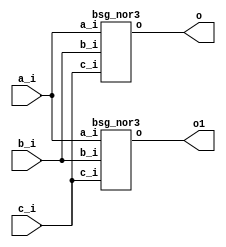


module top
(
  a_i,
  b_i,
  c_i,
  o,
  o1 // added for decompiling
);

  input [15:0] a_i;
  input [15:0] b_i;
  input [15:0] c_i;
  output [15:0] o;
  output [15:0] o1; // added for decompiling

  bsg_nor3
  wrapper
  (
    .a_i(a_i),
    .b_i(b_i),
    .c_i(c_i),
    .o(o)
  );

  bsg_nor3
  wrapper1
  (
    .a_i(a_i), 
    .b_i(b_i), 
    .c_i(c_i), 
    .o(o1) // added for decompiling
  );


endmodule



module bsg_nor3
(
  a_i,
  b_i,
  c_i,
  o
);

  input [15:0] a_i;
  input [15:0] b_i;
  input [15:0] c_i;
  output [15:0] o;
  wire [15:0] o;
  wire N0,N1,N2,N3,N4,N5,N6,N7,N8,N9,N10,N11,N12,N13,N14,N15,N16,N17,N18,N19,N20,N21,
  N22,N23,N24,N25,N26,N27,N28,N29,N30,N31;
  assign o[15] = ~N1;
  assign N1 = N0 | c_i[15];
  assign N0 = a_i[15] | b_i[15];
  assign o[14] = ~N3;
  assign N3 = N2 | c_i[14];
  assign N2 = a_i[14] | b_i[14];
  assign o[13] = ~N5;
  assign N5 = N4 | c_i[13];
  assign N4 = a_i[13] | b_i[13];
  assign o[12] = ~N7;
  assign N7 = N6 | c_i[12];
  assign N6 = a_i[12] | b_i[12];
  assign o[11] = ~N9;
  assign N9 = N8 | c_i[11];
  assign N8 = a_i[11] | b_i[11];
  assign o[10] = ~N11;
  assign N11 = N10 | c_i[10];
  assign N10 = a_i[10] | b_i[10];
  assign o[9] = ~N13;
  assign N13 = N12 | c_i[9];
  assign N12 = a_i[9] | b_i[9];
  assign o[8] = ~N15;
  assign N15 = N14 | c_i[8];
  assign N14 = a_i[8] | b_i[8];
  assign o[7] = ~N17;
  assign N17 = N16 | c_i[7];
  assign N16 = a_i[7] | b_i[7];
  assign o[6] = ~N19;
  assign N19 = N18 | c_i[6];
  assign N18 = a_i[6] | b_i[6];
  assign o[5] = ~N21;
  assign N21 = N20 | c_i[5];
  assign N20 = a_i[5] | b_i[5];
  assign o[4] = ~N23;
  assign N23 = N22 | c_i[4];
  assign N22 = a_i[4] | b_i[4];
  assign o[3] = ~N25;
  assign N25 = N24 | c_i[3];
  assign N24 = a_i[3] | b_i[3];
  assign o[2] = ~N27;
  assign N27 = N26 | c_i[2];
  assign N26 = a_i[2] | b_i[2];
  assign o[1] = ~N29;
  assign N29 = N28 | c_i[1];
  assign N28 = a_i[1] | b_i[1];
  assign o[0] = ~N31;
  assign N31 = N30 | c_i[0];
  assign N30 = a_i[0] | b_i[0];

endmodule